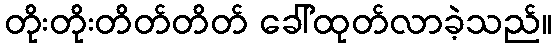
တိုးတိုးတိတ်တိတ် ခေါ်ထုတ်လာခဲ့သည်။